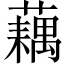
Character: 藕